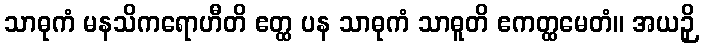
သာဓုကံ မနသိကရောဟီတိ ဧတ္ထ ပန သာဓုကံ သာဓူတိ ဧကတ္ထမေတံ။ အယဉှိ